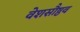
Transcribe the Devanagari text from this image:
वेशसौष्ठव